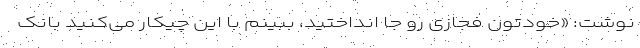
نوشت: «خودتون فجازی رو جا انداختید، ببینم با این چیکار می‌کنید بانک